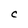
Character: C